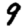
Digit: 9